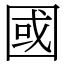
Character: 國